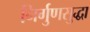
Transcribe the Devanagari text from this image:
निर्गुणसुद्धा